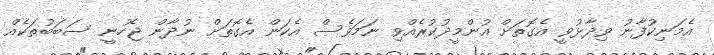
އެމަނިކުފާނު ވިދާޅުވީ އެގޮތަށް އުންމީދުކުރެއްވި ނަމަވެސް އެކަން އެގޮތަށް ނުދާން ޖެހުނީ ސަބަބުތަކެއް